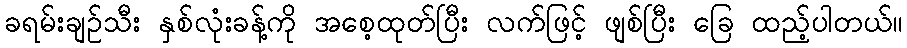
ခရမ်းချဉ်သီး နှစ်လုံးခန့်ကို အစေ့ထုတ်ပြီး လက်ဖြင့် ဖျစ်ပြီး ခြေ ထည့်ပါတယ်။